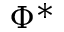
\Phi ^ { * }